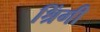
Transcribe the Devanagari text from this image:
श्रिंगी